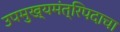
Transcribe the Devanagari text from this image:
उपमुख्यमंत्रिपदाचा